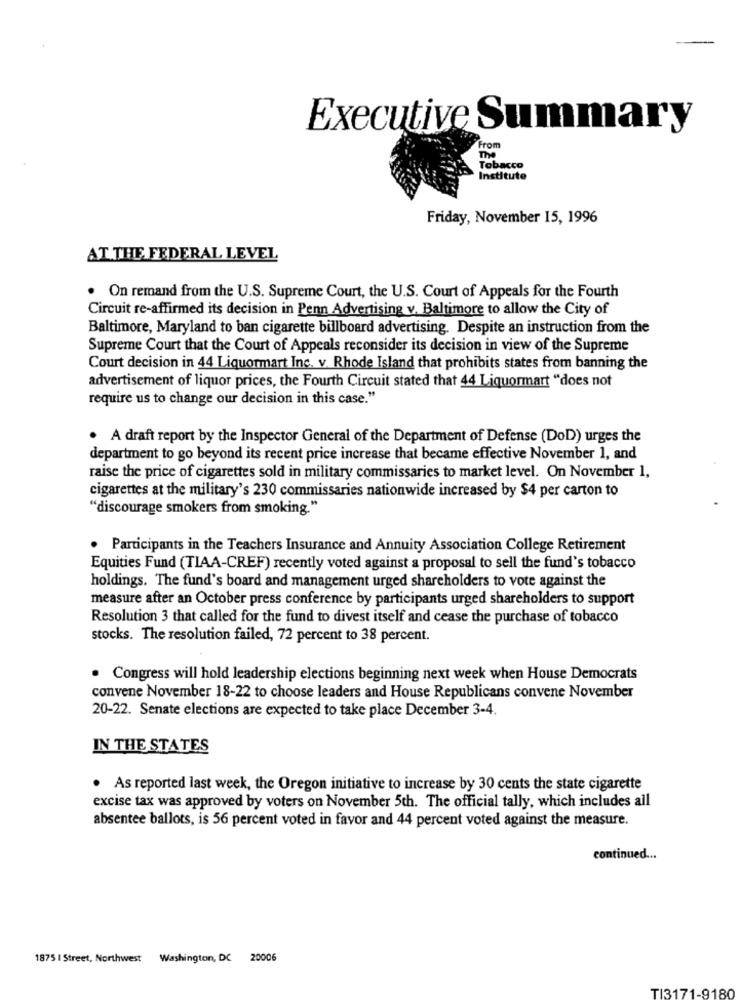
Executive Summary
From
The
Tobacco
Institute
Friday, November 15, 1996
AT THE FEDERAL LEVEL
On remand from the U.S. Supreme Court, the U.S. Court of Appeals for the Fourth
Circuit re-affirmed its decision in Penn Advertising v. Baltimore to allow the City of
Baltimore, Maryland to ban cigarette billboard advertising. Despite an instruction from the
Supreme Court that the Court of Appeals reconsider its decision in view of the Supreme
Court decision in 44 Liquormart Inc. v. Rhode Island that prohibits states from banning the
advertisement of liquor prices, the Fourth Circuit stated that 44 Liquormart "does not
require us to change our decision in this case."
. A draft report by the Inspector General of the Department of Defense (DoD) urges the
department to go beyond its recent price increase that became effective November 1, and
raise the price of cigarettes sold in military commissaries to market level. On November 1,
cigarettes at the military's 230 commissaries nationwide increased by $4 per carton to
"discourage smokers from smoking."
Participants in the Teachers Insurance and Annuity Association College Retirement
Equities Fund (TIAA-CREF) recently voted against a proposal to sell the fund's tobacco
holdings. The fund's board and management urged shareholders to vote against the
measure after an October press conference by participants urged shareholders to support
Resolution 3 that called for the fund to divest itself and cease the purchase of tobacco
stocks. The resolution failed, 72 percent to 38 percent.
. Congress will hold leadership elections beginning next week when House Democrats
convene November 18-22 to choose leaders and House Republicans convene November
20-22. Senate elections are expected to take place December 3-4.
IN THE STATES
. As reported last week, the Oregon initiative to increase by 30 cents the state cigarette
excise tax was approved by voters on November 5th. The official tally, which includes all
absentee ballots, is 56 percent voted in favor and 44 percent voted against the measure.
continued ...
1875 | Street, Northwest Washington, DC 20006
TI3171-9180